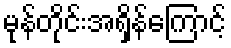
မုန်တိုင်းအရှိန်ကြောင့်